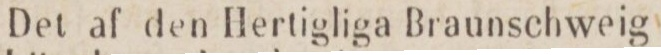
Del af den Herligliga Braunschweig